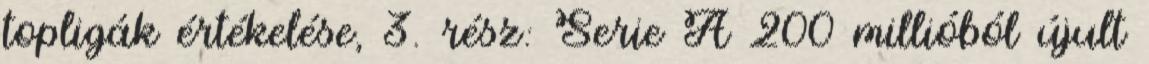
topligák értékelése, 3. rész: Serie A 200 millióból újult